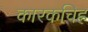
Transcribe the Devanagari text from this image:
कारकचिह्र